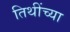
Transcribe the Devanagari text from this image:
तिथींच्या